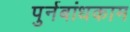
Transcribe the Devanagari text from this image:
पुर्नबांधकाम